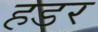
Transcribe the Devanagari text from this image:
हडर